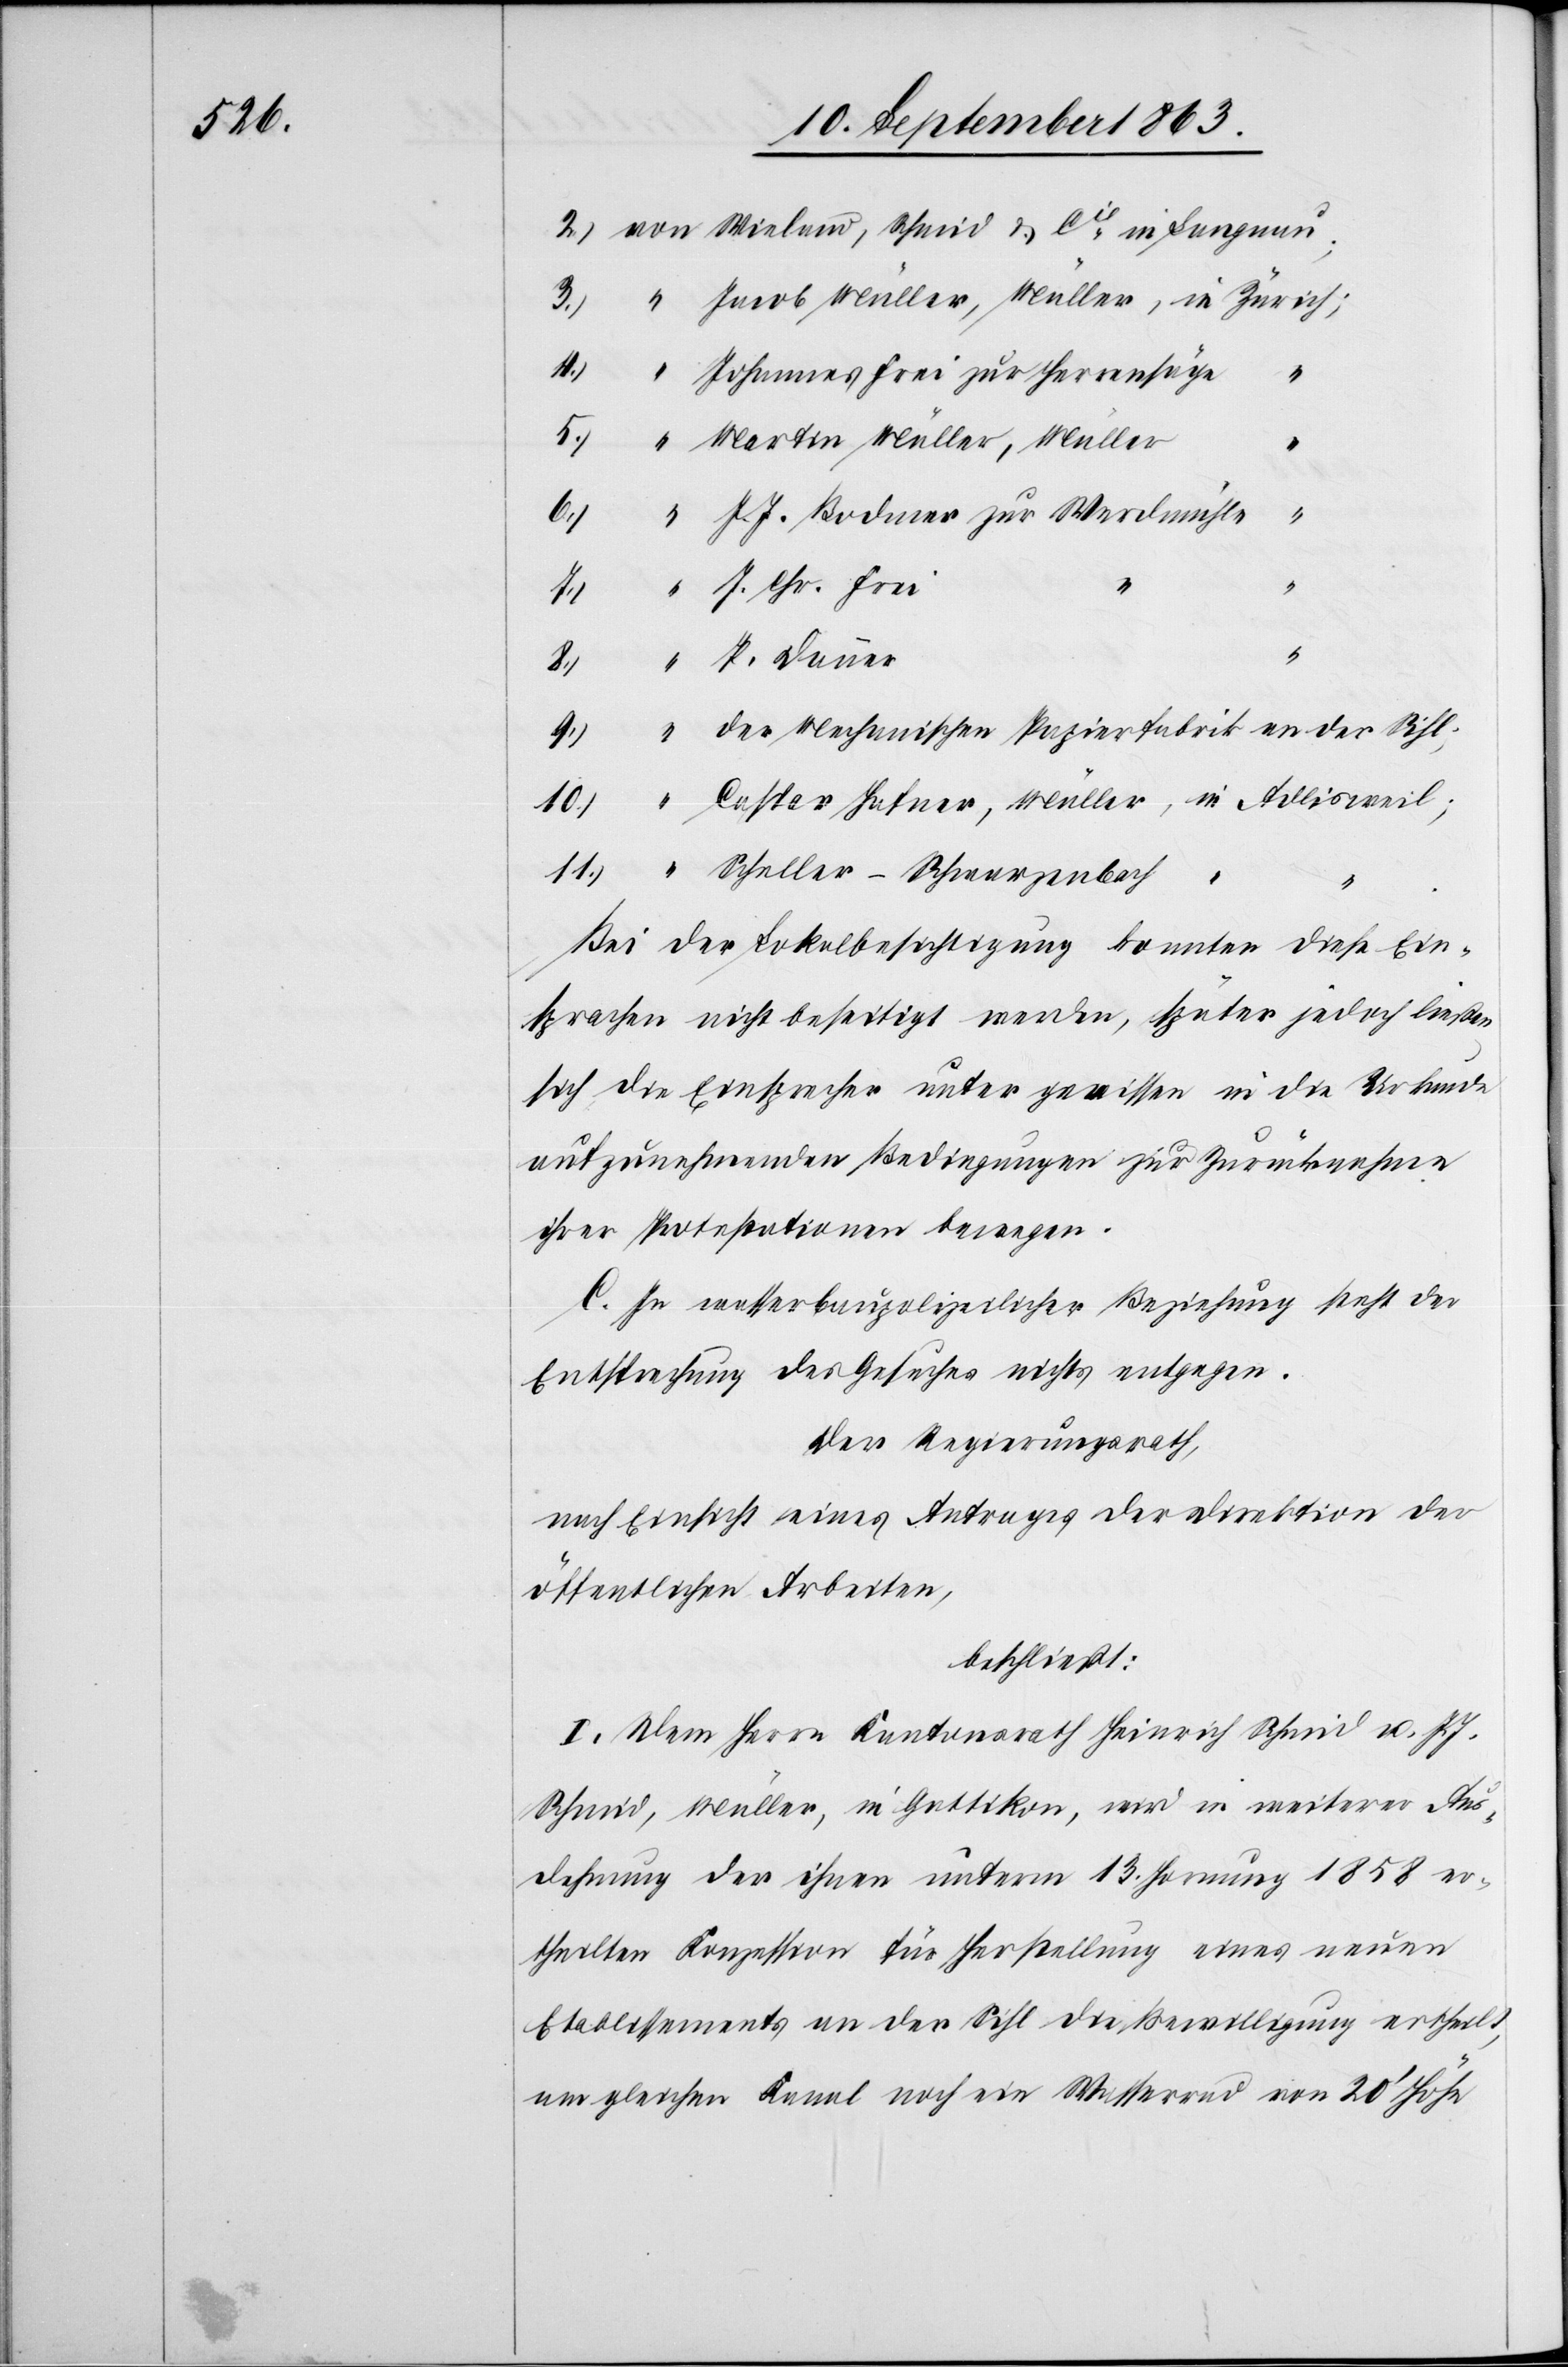
2.) von Wieland, Schmid & Cie in Langnau;
3.)	 “	Jacob Müller, Müller, 	in Zürich;
4.) 	 “	Johannes Frei zur Herrensäge	“
5.) 	 “	Martin Müller, Müller	“
6.)	 “	J. J. Bodmer zur Werdmühle	“
9.)	 “	der Mechanischen Papierfabrik an der Sihl;
10.)	 “	Caspar Hafner, Müller, 	in Adlisweil;
11.)	 “	Scheller-Schwarzenbach
.
Bei der Lokalbesichtigung konnten diese Ein¬
sprachen nicht beseitigt werden, später jedoch ließen
sich die Einsprecher unter gewissen in die Urkunde
aufzunehmenden Bedingungen zur Zurücknahme
ihrer Protestationen bewegen.
C. In wasserbaupolizeilicher Beziehung steht der
Entsprechung des Gesuches nichts entgegen.
Der Regierungsrath,
nach Einsicht eines Antrages der Direktion der
öffentlichen Arbeiten,
beschließt:
I. Dem Herrn Kantonsrath Heinrich Schmid u. J.
Schmid, Müller, in Gattikon, wird in weiterer Aus¬
dehnung der ihnen unterm 13. Hornung 1858 er¬
theilten Konzession für Herstellung eines neuen
Etablissements an der Sihl die Bewilligung ertheilt,
am gleichen Kanal noch ein Wasserrad von 20' Höhe